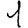
Digit: 1